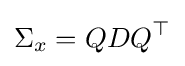
\Sigma _{x}=QDQ^{\top }